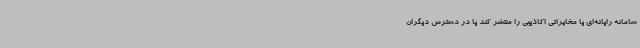
سامانه رایانه‌ای یا مخابراتی اکاذیبی را منتشر کند یا در دسترس دیگران